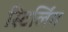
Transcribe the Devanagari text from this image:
स्टिर्लिंग